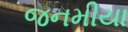
જનમીયા